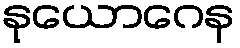
နုယောဂေန